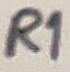
Text: R1